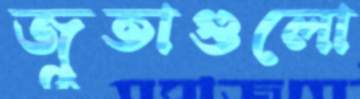
জুতাগুলো